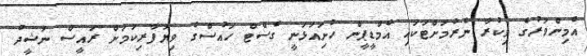
އެމިންވަރުގެ ވިކުރާ ނެރުމަށްޓަކައި އެމްޑީޕީން ހުށަިއަޅަނީ ގެސްޓް ހައުސްގެ ވިޔަފާރިކަމަށް ރައީސް ނަޝީދު